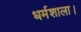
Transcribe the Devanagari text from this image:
धर्मशाला।